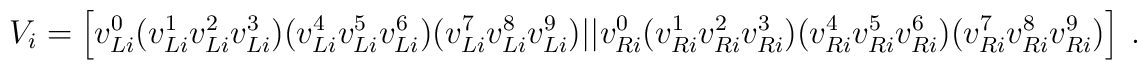
V_i=\left[v^0_{Li}(v^1_{Li}v^2_{Li}v^3_{Li})(v^4_{Li}v^5_{Li}v^6_{Li})(v^7_{Li}v^8_{Li}v^9_{Li}) || v^0_{Ri}(v^1_{Ri}v^2_{Ri}v^3_{Ri})(v^4_{Ri}v^5_{Ri}v^6_{Ri}) (v^7_{Ri}v^8_{Ri}v^9_{Ri})\right]~.